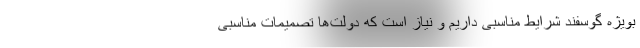
بویژه گوسفند شرایط مناسبی داریم و نیاز است که دولت‌ها تصمیمات مناسبی